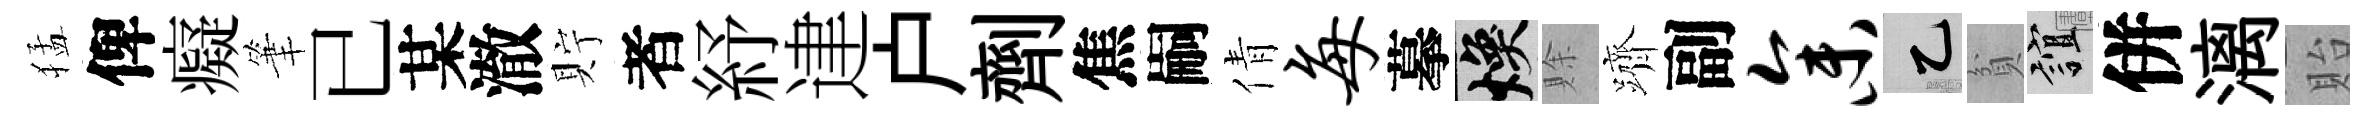
猛俾癡筆已某澈貯者紓䢖户劑焦嗣倩每摹焕賖躋副参乙貧誼併漓貽